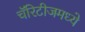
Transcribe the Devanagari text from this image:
चॅरिटीजमध्ये